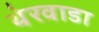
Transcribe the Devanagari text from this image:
थेरवाडा